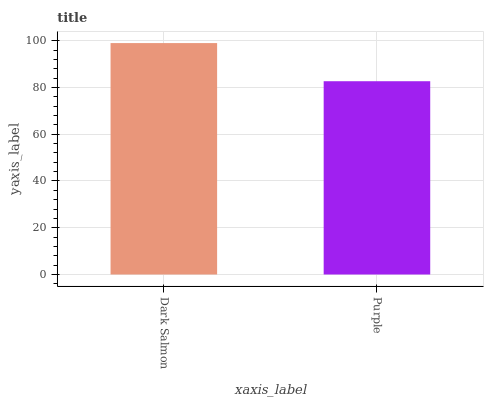
| xaxis_label | bars |
 | --- | --- |
 | Dark Salmon | 99 |
 | Purple | 82.7 |